Report on vaccination in Madras 1904-1921 - 1904-1921
Year: 1904
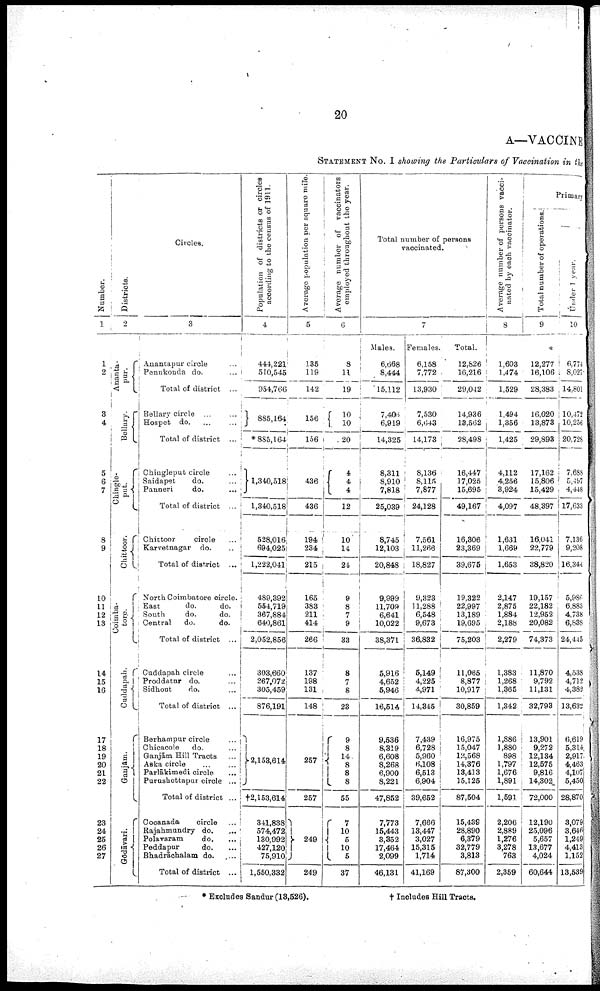
20
A—VACCINE
STATEMENT No. I showing the Particulars of Vaccination in the
Number.
1
1
2
3
4
5
6
7
8
9
10
11
12
13
14
15
16
17
18
19
20
21
22
23
24
25
26
27
Districts.
2
Ananta-
pur.
Bellary.
Chingle-
put.
Chittoor.
Coimba-
tore.
Cuddapah.
Ga nj ā m.
Gōdāvari.
Circles.
3
Anantapur circle ...
Penukonda do. ...
Total of district ...
Bellary circle
...
...
Hospet do. ... ...
Total of district ...
Chingleput circle ...
Saidapet
do. ...
Panneri
do.
...
Total of district ...
Chittoor
circle
...
Karvetnagar do.
...
Total of distcrict
...
North Coimbatore circle.
East
do.
do.
South
do.
do.
Central
do.
do.
Total of district ...
Cuddapah circle
...
Proddatur do.
...
Sidhout
do.
...
Total of district ...
Berhampur circle
...
Chicacole
do.
...
Ganjām Hill Tracts ...
Aska circle
...
...
Parlākimedi circle
...
Purashottapur circle
...
Total of district
...
Cocanada
circle
...
Rajahmundry do. ...
Polavaram
do.
...
Peddapur
do.
...
Bhadrāchalam do.
...
Total of district ...
Population of districts or circles
according to the census of 1911.
4
444,221
510,545
954,766
885,164
*885,164
1,340,518
1,340,518
528,016
694,025
1,222,041
489,392
554,719
367,884
640,861
2,052,856
303,660
267,072
305,459
876,191
2,153,614
†2,153,614
341,838
574,472
130,992
427,120
75,910
1,550,332
Average population per square mile.
5
135
119
142
156
156
436
436
194
234
215
165
383
211
414
266
137
198
131
148
257
257
249
249
Average number of vaccinators
employed throughout the year.
6
8
11
19
10
10
20
4
4
4
12
10
14
24
9
8
7
9
33
8
7
8
23
9
8
14
8
8
8
55
7
10
5
10
5
37
Total number of persons
vaccinated.
7
Males.
6,668
8,444
15,112
7,406
6,919
14,325
8,311
8,910
7,818
25,039
8,745
12,103
20,848
9,999
11,709
6,641
10,022
38,371
5,916
4,652
5,946
16,514
9,536
8,319
6,608
8,268
6,900
8,221
47,852
7,773
15,443
3,352
17,464
2,099
46,131
Females.
6,158
7,772
13,930
7,530
6,643
14,173
8,136
8,115
7,877
24,128
7,561
11,266
18,827
9,323
11,288
6,548
9,673
36,832
5,149
4,225
4,971
14,345
7,439
6,728
5,960
6,108
6,513
6,904
39,652
7,666
13,447
3,027
15,315
1,714
41,169
Total.
12,826
16,216
29,042
14,936
13,562
28,498
16,447
17,025
15,695
49,167
16,306
23,369
39,675
19,322
22,997
13,189
19,695
75,203
11,065
8,877
10,917
30,859
16,975
15,047
12,568
14,376
13,413
15,125
87,504
15,439
28,890
6,379
32,779
3,813
87,300
Average number of persons vacci
nated by each vaccinator.
8
1,603
1,474
1,529
1,494
1,356
1,425
4,112
4,256
3,924
4,097
1,631
1,669
1,653
2,147
2,875
1,884
2,188
2,279
1,383
1,268
1,365
1,342
1,886
1,880
898
1,797
1,676
1,891
1,591
2,206
2,889
1,276
3,278
763
2,359
Primary
Total number of operations.
9
12,277
16,106
28,383
16,020
13,873
29,893
17,162
15,806
15,429
48,397
16,041
22,779
38,820
19,157
22,182
12,952
20,082
74,373
11,870
9,792
11,131
32,793
13,901
9,272
12,134
12,575
9,816
14,302
72,000
12,190
25,096
5,657
13,677
4,024
60,644
Under 1 year.
10
6,774
8,027
14,801
10,472
10,256
20,728
7,688
5,497
4,448
17,633
7,136
9,208
16,344
5,986
6,883
4,738
6,838
24,445
4,538
4,712
4,382
13,632
6,619
5,314
2,917
4,463
4,107
5,450
28,870
3,079
3,646
1,249
4,413
1,152
13,539
* Excludes Sandur (13,526).
† Includes Hill Tracts.